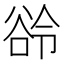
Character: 𬤲